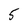
Character: 5